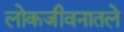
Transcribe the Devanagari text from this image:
लोकजीवनातले